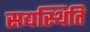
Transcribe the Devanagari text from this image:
सद्यस्थिति